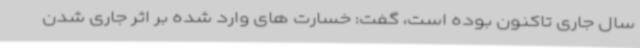
سال جاری تاکنون بوده است، گفت: خسارت های وارد شده بر اثر جاری شدن